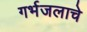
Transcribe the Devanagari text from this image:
गर्भजलाचे